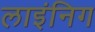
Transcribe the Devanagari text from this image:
लाइंनिग